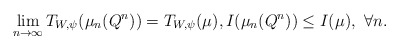
\begin{align*}\lim_{n\to\infty} T_{W,\psi}(\mu_n(Q^n))= T_{W,\psi}(\mu), I(\mu_n(Q^n))\le I(\mu), \ \forall n.\end{align*}